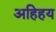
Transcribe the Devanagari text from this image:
अहिहय